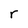
Character: r